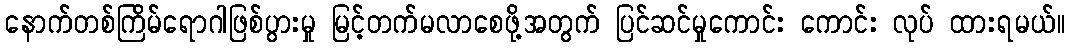
နောက်တစ်ကြိမ်ရောဂါဖြစ်ပွားမှု မြင့်တက်မလာစေဖို့အတွက် ပြင်ဆင်မှုကောင်း ကောင်း လုပ် ထားရမယ်။